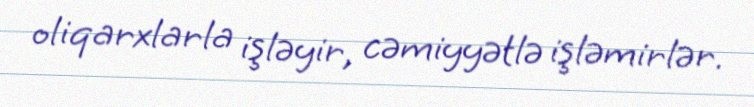
oliqarxlarla işləyir, cəmiyyətlə işləmirlər.